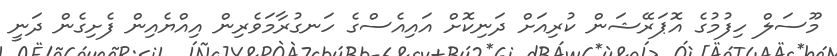
މޫސަލް ހިފުމުގެ އޮޕަރޭޝަން ކުރިއަށް ދަނިކޮށް އައިއެސްގެ ހަނގުރާމަވެރިން އިއްޔެއިން ފެށިގެން ދަނީ